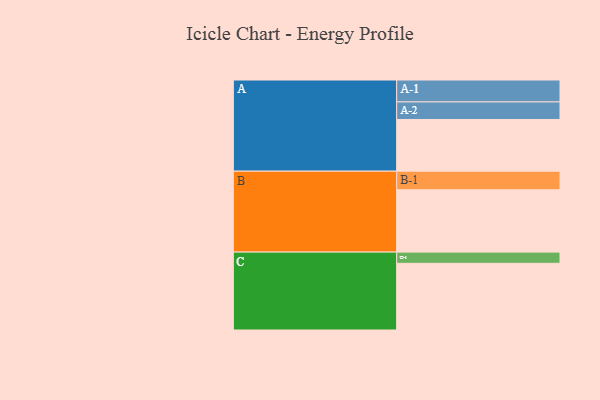
{"axis": {"x": "Segment", "y": "Value"}, "legend": ["", "A", "B", "C"], "data": [{"x": "A", "y": 342, "type": ""}, {"x": "B", "y": 412, "type": ""}, {"x": "C", "y": 441, "type": ""}, {"x": "A-1", "y": 145, "type": "A"}, {"x": "A-2", "y": 116, "type": "A"}, {"x": "B-1", "y": 123, "type": "B"}, {"x": "C-1", "y": 74, "type": "C"}]}